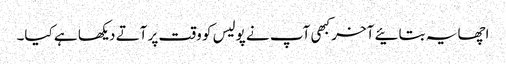
اچھا یہ بتائیے آخر کبھی آپ نے پولیس کو وقت پر آتے دیکھا ہے کیا۔